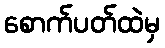
စောက်ပတ်ထဲမှ